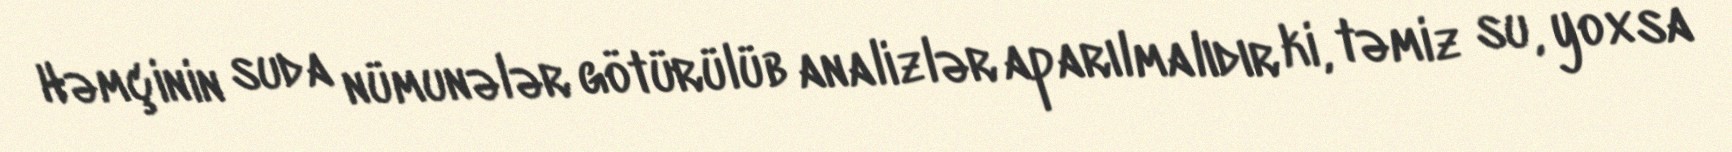
Həmçinin suda nümunələr götürülüb analizlər aparılmalıdır ki, təmiz su, yoxsa